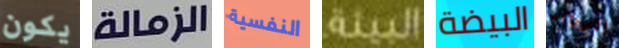
يكون الزمالة النفسية البيئة البيضة الدوائر